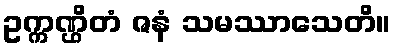
ဥက္ကဏ္ဌိတံ ဇနံ သမဿာသေတိ။